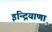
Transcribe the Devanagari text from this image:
इन्द्रियाणा